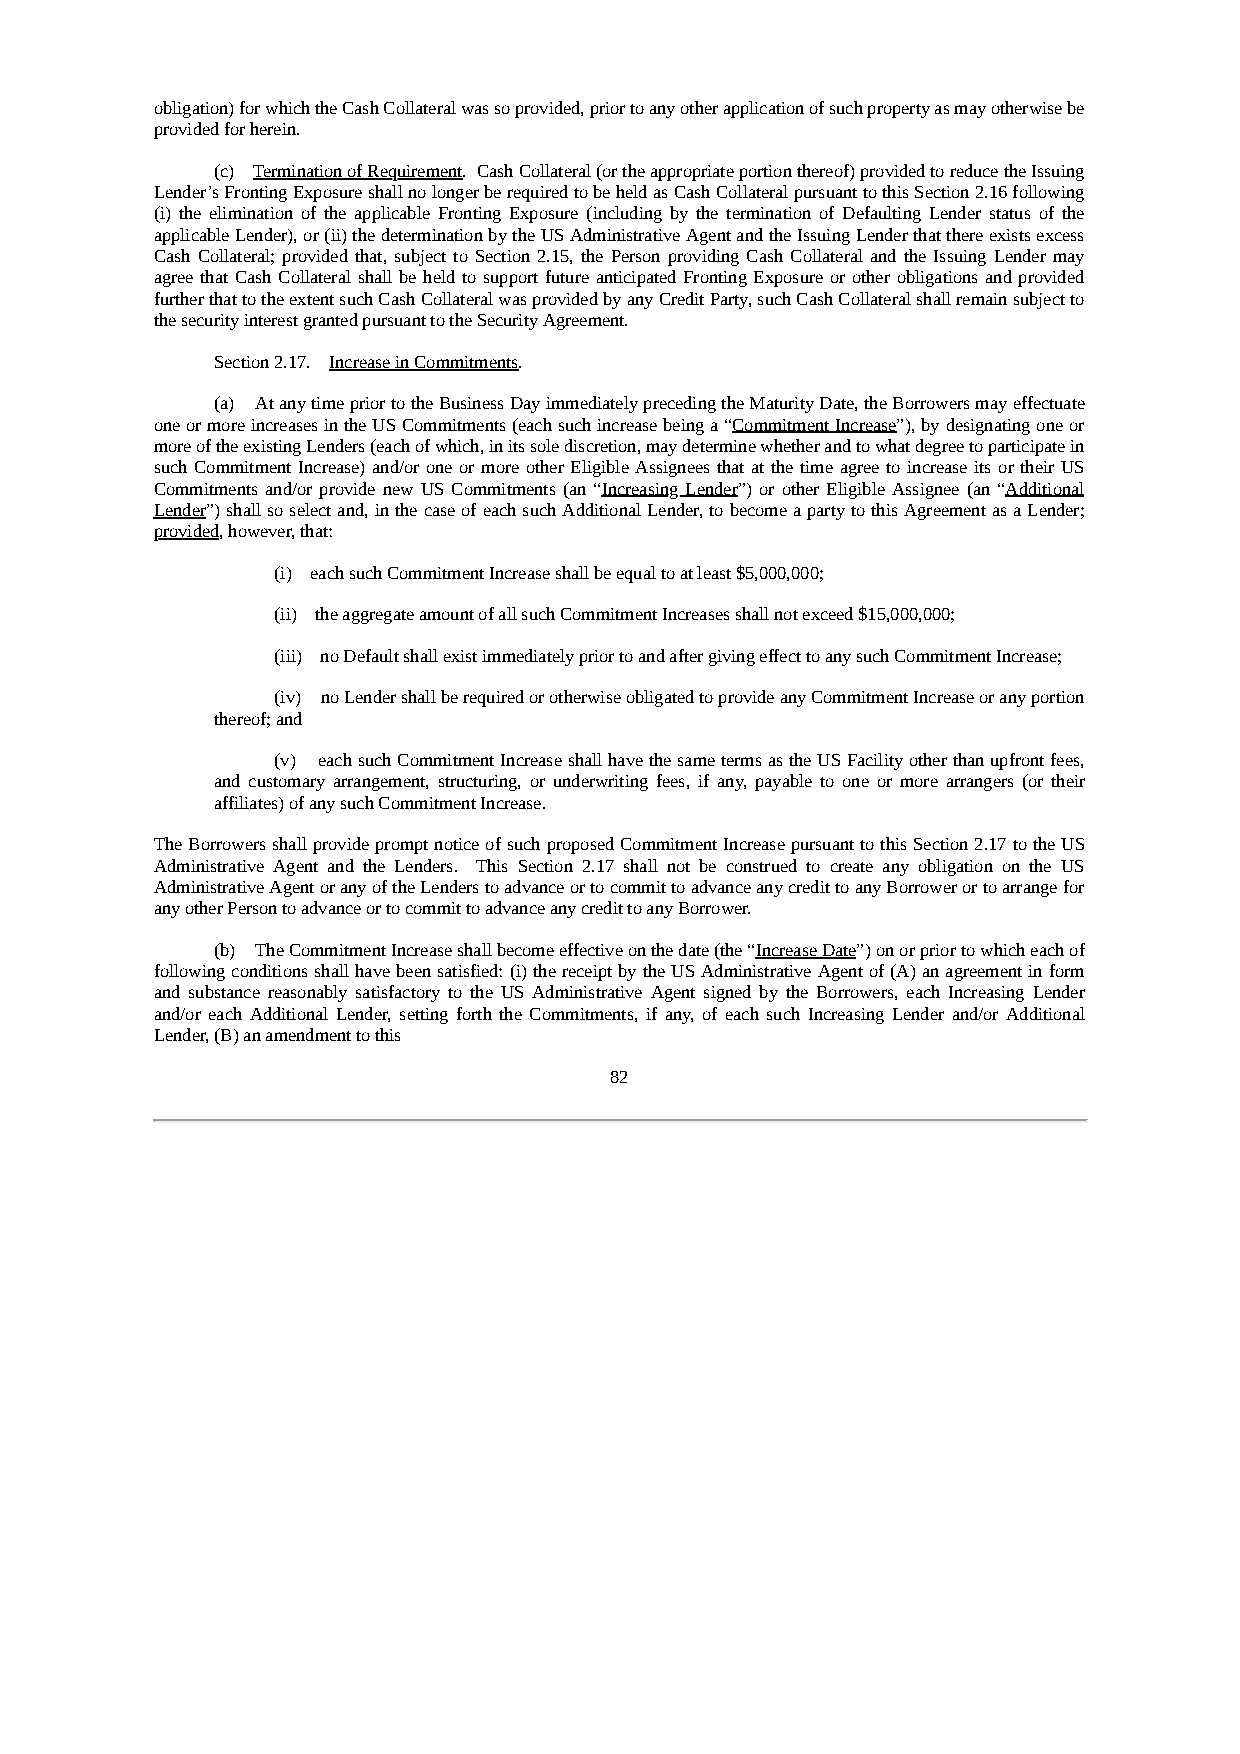
obligation) for which the Cash Collateral was so provided, prior to any other application of such property as may otherwise be
 provided for herein.
 (c) Termination of Requirement. Cash Collateral (or the appropriate portion thereof) provided to reduce the Issuing
 Lender’s Fronting Exposure shall no longer be required to be held as Cash Collateral pursuant to this Section 2.16 following
 (i) the elimination of the applicable Fronting Exposure (including by the termination of Defaulting Lender status of the
 applicable Lender), or (ii) the determination by the US Administrative Agent and the Issuing Lender that there exists excess
 Cash Collateral; provided that, subject to Section 2.15, the Person providing Cash Collateral and the Issuing Lender may
 agree that Cash Collateral shall be held to support future anticipated Fronting Exposure or other obligations and provided
 further that to the extent such Cash Collateral was provided by any Credit Party, such Cash Collateral shall remain subject to
 the security interest granted pursuant to the Security Agreement.
 Section 2.17. Increase in Commitments.
 (a) At any time prior to the Business Day immediately preceding the Maturity Date, the Borrowers may effectuate
 one or more increases in the US Commitments (each such increase being a “Commitment Increase”), by designating one or
 more of the existing Lenders (each of which, in its sole discretion, may determine whether and to what degree to participate in
 such Commitment Increase) and/or one or more other Eligible Assignees that at the time agree to increase its or their US
 Commitments and/or provide new US Commitments (an “Increasing Lender”) or other Eligible Assignee (an “Additional
 Lender”) shall so select and, in the case of each such Additional Lender, to become a party to this Agreement as a Lender;
 provided, however, that:
 (i) each such Commitment Increase shall be equal to at least $5,000,000;
 (ii) the aggregate amount of all such Commitment Increases shall not exceed $15,000,000;
 (iii) no Default shall exist immediately prior to and after giving effect to any such Commitment Increase;
 (iv) no Lender shall be required or otherwise obligated to provide any Commitment Increase or any portion
 thereof; and
 (v) each such Commitment Increase shall have the same terms as the US Facility other than upfront fees,
 and customary arrangement, structuring, or underwriting fees, if any, payable to one or more arrangers (or their
 affiliates) of any such Commitment Increase.
 The Borrowers shall provide prompt notice of such proposed Commitment Increase pursuant to this Section 2.17 to the US
 Administrative Agent and the Lenders. This Section 2.17 shall not be construed to create any obligation on the US
 Administrative Agent or any of the Lenders to advance or to commit to advance any credit to any Borrower or to arrange for
 any other Person to advance or to commit to advance any credit to any Borrower.
 (b) The Commitment Increase shall become effective on the date (the “Increase Date”) on or prior to which each of
 following conditions shall have been satisfied: (i) the receipt by the US Administrative Agent of (A) an agreement in form
 and substance reasonably satisfactory to the US Administrative Agent signed by the Borrowers, each Increasing Lender
 and/or each Additional Lender, setting forth the Commitments, if any, of each such Increasing Lender and/or Additional
 Lender, (B) an amendment to this
 82